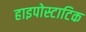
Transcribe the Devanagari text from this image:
हाइपोस्टाटिक